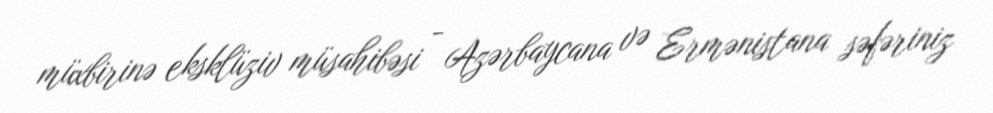
müxbirinə eksklüziv müsahibəsi - Azərbaycana və Ermənistana səfəriniz